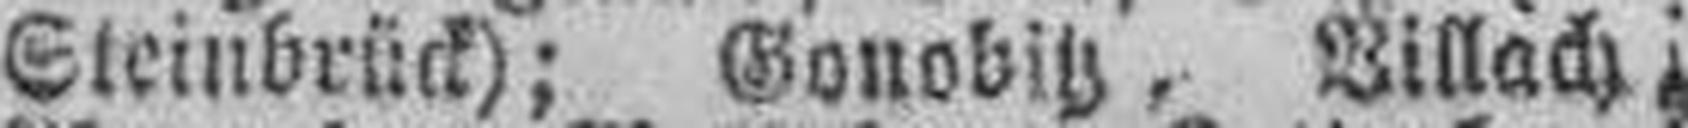
Steinbrück); Gonobitz, Villach,